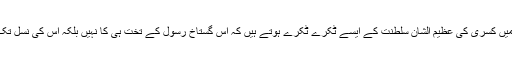
اور بالآخر صرف آٹھ برس میں کسری کی عظیم الشان سلطنت کے ایسے ٹکرے ٹکرے ہوتے ہیں کہ اس گستاخِ رسول کے تخت ہی کا نہیں بلکہ اس کی نسل تک کا نام و نشان مٹ جاتا ہے۔